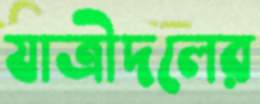
যাত্রীদলের